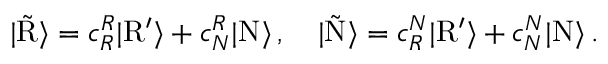
| \tilde { \mathrm { R } } \rangle = c _ { R } ^ { R } | \mathrm { R } ^ { \prime } \rangle + c _ { N } ^ { R } | \mathrm { N } \rangle \, , \quad | \tilde { \mathrm { N } } \rangle = c _ { R } ^ { N } | \mathrm { R } ^ { \prime } \rangle + c _ { N } ^ { N } | \mathrm { N } \rangle \, .